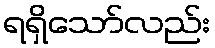
ရရှိသော်လည်း